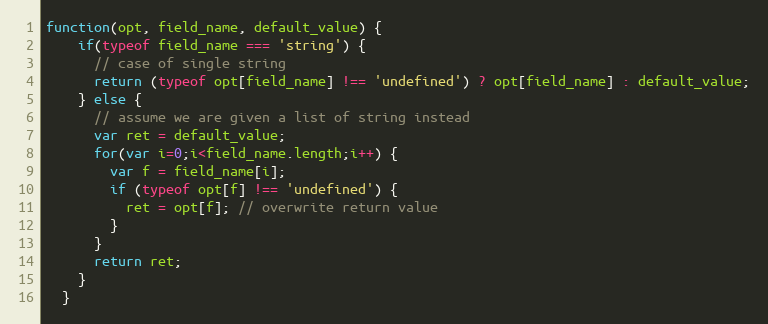
Language: JavaScript
function(opt, field_name, default_value) {
    if(typeof field_name === 'string') {
      // case of single string
      return (typeof opt[field_name] !== 'undefined') ? opt[field_name] : default_value;
    } else {
      // assume we are given a list of string instead
      var ret = default_value;
      for(var i=0;i<field_name.length;i++) {
        var f = field_name[i];
        if (typeof opt[f] !== 'undefined') {
          ret = opt[f]; // overwrite return value
        }
      }
      return ret;
    }
  }